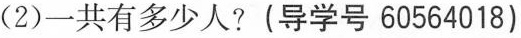
(2)一共有多少人?(导学号60564018)